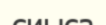
сиыса